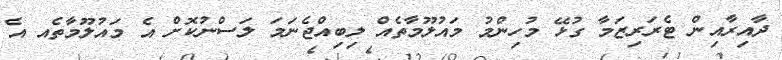
ދާއިރާއިން ޓެރަރިޒަމާ ގުޅޭ މުހިންމު މައުލޫމާތެއް ލިބިއްޖެނަމަ ލަސްނުކޮށް އެ މައުލޫމާތެއ އެ